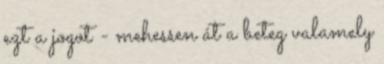
ezt a jogot - mehessen át a beteg valamely